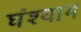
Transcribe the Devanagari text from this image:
घंश्याम